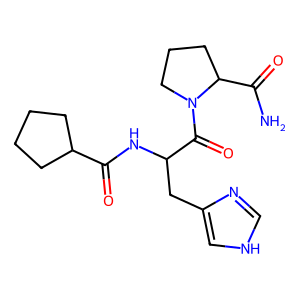
SMILES: NC(=O)C1CCCN1C(=O)C(Cc1c[nH]cn1)NC(=O)C1CCCC1
Inhibits HIV replication: No